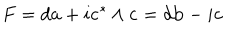
LaTeX: F = d { \bf a } + i { \bf c } ^ { * } \wedge { \bf c } = d { \bf b } - i { \bf c }